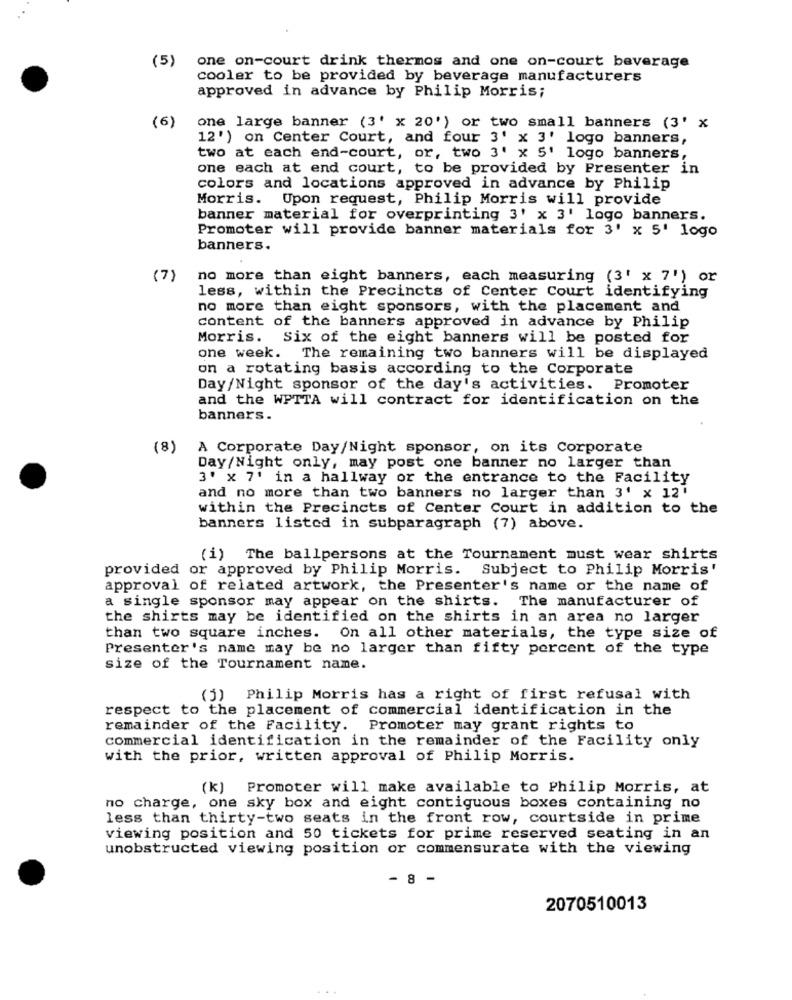
(5)
one on-court drink thermos and one on-court beverage
cooler to be provided by beverage manufacturers
approved in advance by Philip Morris;
(6)
one large banner (3' x 20') or two small banners (3' x
12' ) on Center Court, and four 3' x 3' logo banners,
two at each end-court, or, two 3' x 5' logo banners,
one each at end court, to be provided by Presenter in
colors and locations approved in advance by Philip
Morris. Upon request, Philip Morris will provide
banner material for overprinting 3' x 3' logo banners.
Promoter will provide banner materials for 3' x 5' logo
banners.
( 7)
no more than eight banners, each measuring (3' x 7') or
less, within the Precincts of Center Court identifying
no more than eight sponsors, with the placement and
content of the banners approved in advance by Philip
Morris. Six of the eight banners will be posted for
one week. The remaining two banners will be displayed
on a rotating basis according to the Corporate
Day/Night sponsor of the day's activities. Promoter
and the WPTTA will contract for identification on the
banners.
(8)
A Corporate Day/Night sponsor, on its Corporate
Day/Night only, may post one banner no larger than
3' x 7' in a hallway or the entrance to the Facility
and no more than two banners no larger than 3' x 12'
within the Precincts of Center Court in addition to the
banners listed in subparagraph (7) above.
(i) The ballpersons at the Tournament must wear shirts
provided or approved by Philip Morris.
Subject to Philip Morris'
approval of related artwork, the Presenter's name or the name of
a single sponsor may appear on the shirts. The manufacturer of
the shirts may be identified on the shirts in an area no larger
than two square inches. On all other materials, the type size of
Presenter's name may be no larger than fifty percent of the type
size of the Tournament name.
(j) Philip Morris has a right of first refusal with
respect to the placement of commercial identification in the
remainder of the Facility. Promoter may grant rights to
commercial identification in the remainder of the Facility only
with the prior, written approval of Philip Morris.
(k) Promoter will make available to Philip Morris, at
no charge, one sky box and eight contiguous boxes containing no
less than thirty-two seats in the front row, courtside in prime
viewing position and 50 tickets for prime reserved seating in an
unobstructed viewing position or commensurate with the viewing
- 8 -
2070510013